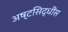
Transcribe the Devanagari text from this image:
अष्टसिद्धींस